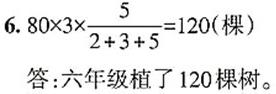
$6. 80\times3\times\frac{5}{2 + 3 + 5}=120(\text{棵})$
答：六年级植了$120$棵树。